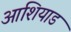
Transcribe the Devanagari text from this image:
आशियाड